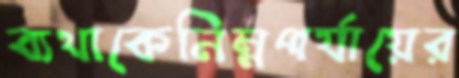
ব্যথাকেনিম্নপর্যায়ের